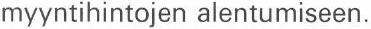
myyntihintojen alentumiseen.